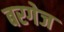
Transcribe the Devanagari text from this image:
बरगेज